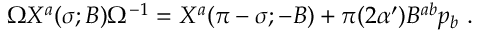
\Omega X ^ { a } ( \sigma ; B ) \Omega ^ { - 1 } = X ^ { a } ( \pi - \sigma ; - B ) + \pi ( 2 \alpha ^ { \prime } ) B ^ { a b } p _ { b } \ .